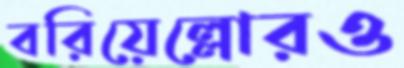
বরিয়েল্লোরও